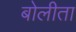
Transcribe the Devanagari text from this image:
बोलीता